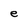
Character: e